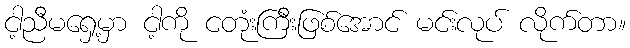
ငါ့ညီမရှေ့မှာ ငါ့ကို ငတုံးကြီးဖြစ်အောင် မင်းလုပ် လိုက်တာ။